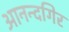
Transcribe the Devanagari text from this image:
आनन्दगिर